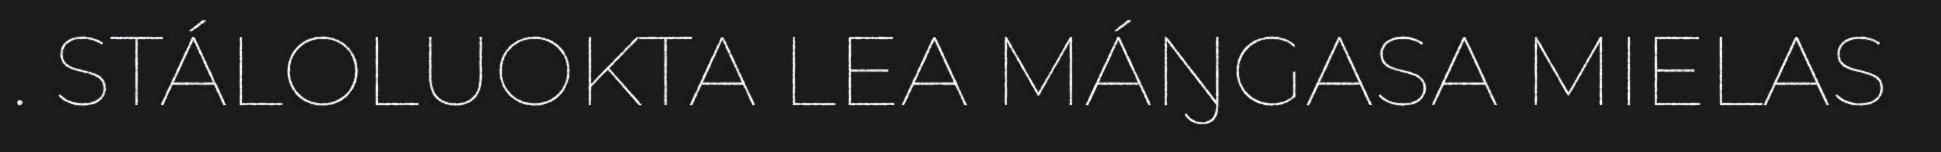
. STÁLOLUOKTA LEA MÁŊGASA MIELAS